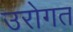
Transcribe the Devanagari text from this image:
उरोगत